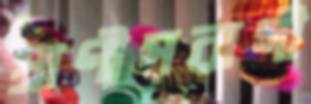
প্রাণীপরাগী